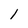
Character: 1